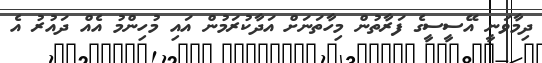
ދިމާވަނީ އޭސީސީގެ ފަރާތުން މިހާތަނަށް އަދާކުރަމުން އައި މުހިންމު އެއް ދައުރު އެ